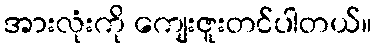
အားလုံးကို ကျေးဇူးတင်ပါတယ်။